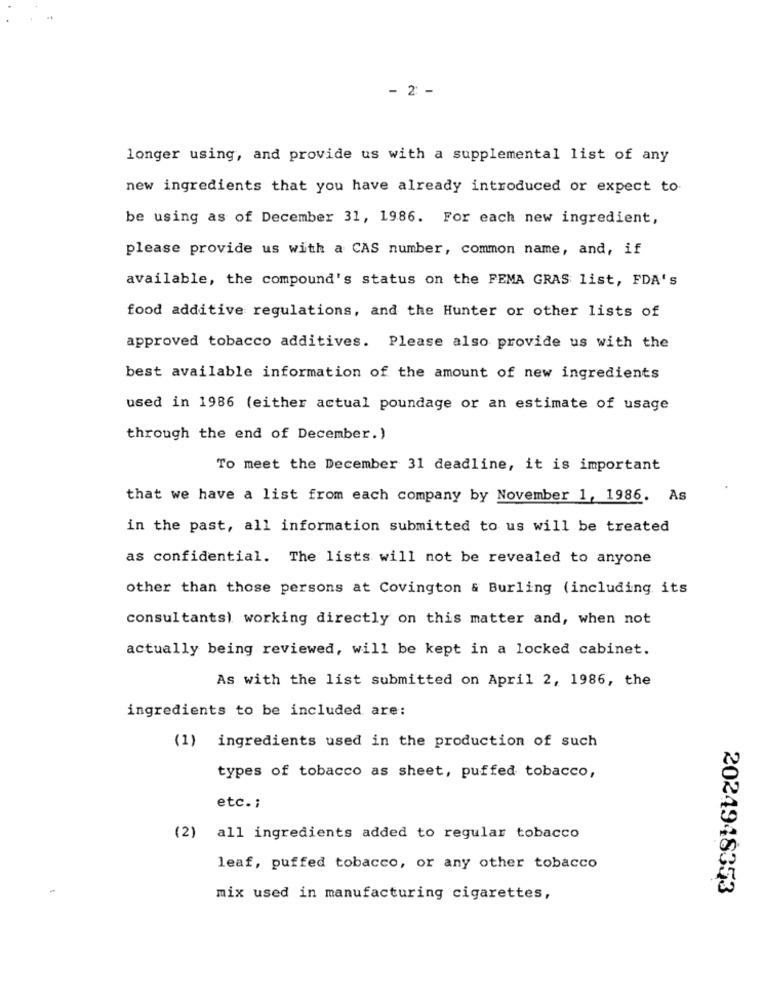
- 2 -
longer using, and provide us with a supplemental list of any
new ingredients that you have already introduced or expect to
be using as of December 31, 1986. For each new ingredient,
please provide us with a CAS number, common name, and, if
available, the compound's status on the FEMA GRAS list, FDA's
food additive regulations, and the Hunter or other lists of
approved tobacco additives. Please also provide us with the
best available information of the amount of new ingredients
used in 1986 (either actual poundage or an estimate of usage
through the end of December.)
To meet the December 31 deadline, it is important
that we have a list from each company by November 1, 1986. As
in the past, all information submitted to us will be treated
as confidential. The lists will not be revealed to anyone
other than those persons at Covington & Burling (including its
consultants) working directly on this matter and, when not
actually being reviewed, will be kept in a locked cabinet.
As with the list submitted on April 2, 1986, the
ingredients to be included are:
(1) ingredients used in the production of such
types of tobacco as sheet, puffed tobacco,
etc .;
(2) all ingredients added to regular tobacco
leaf, puffed tobacco, or any other tobacco
2024948353
mix used in manufacturing cigarettes,